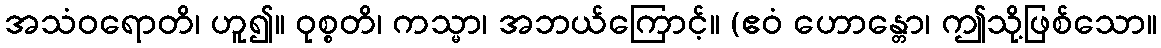
အသံဝရောတိ၊ ဟူ၍။ ဝုစ္စတိ၊ ကသ္မာ၊ အဘယ်ကြောင့်။ (ဧဝံ ဟောန္တော၊ ဤသို့ဖြစ်သော။